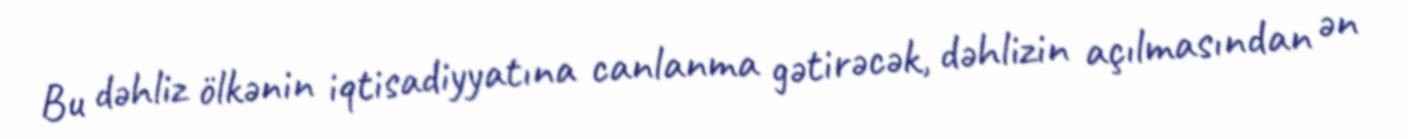
Bu dəhliz ölkənin iqtisadiyyatına canlanma gətirəcək, dəhlizin açılmasından ən